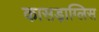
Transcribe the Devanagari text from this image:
कासड़ाग्लिस